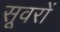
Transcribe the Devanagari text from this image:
सूवरों